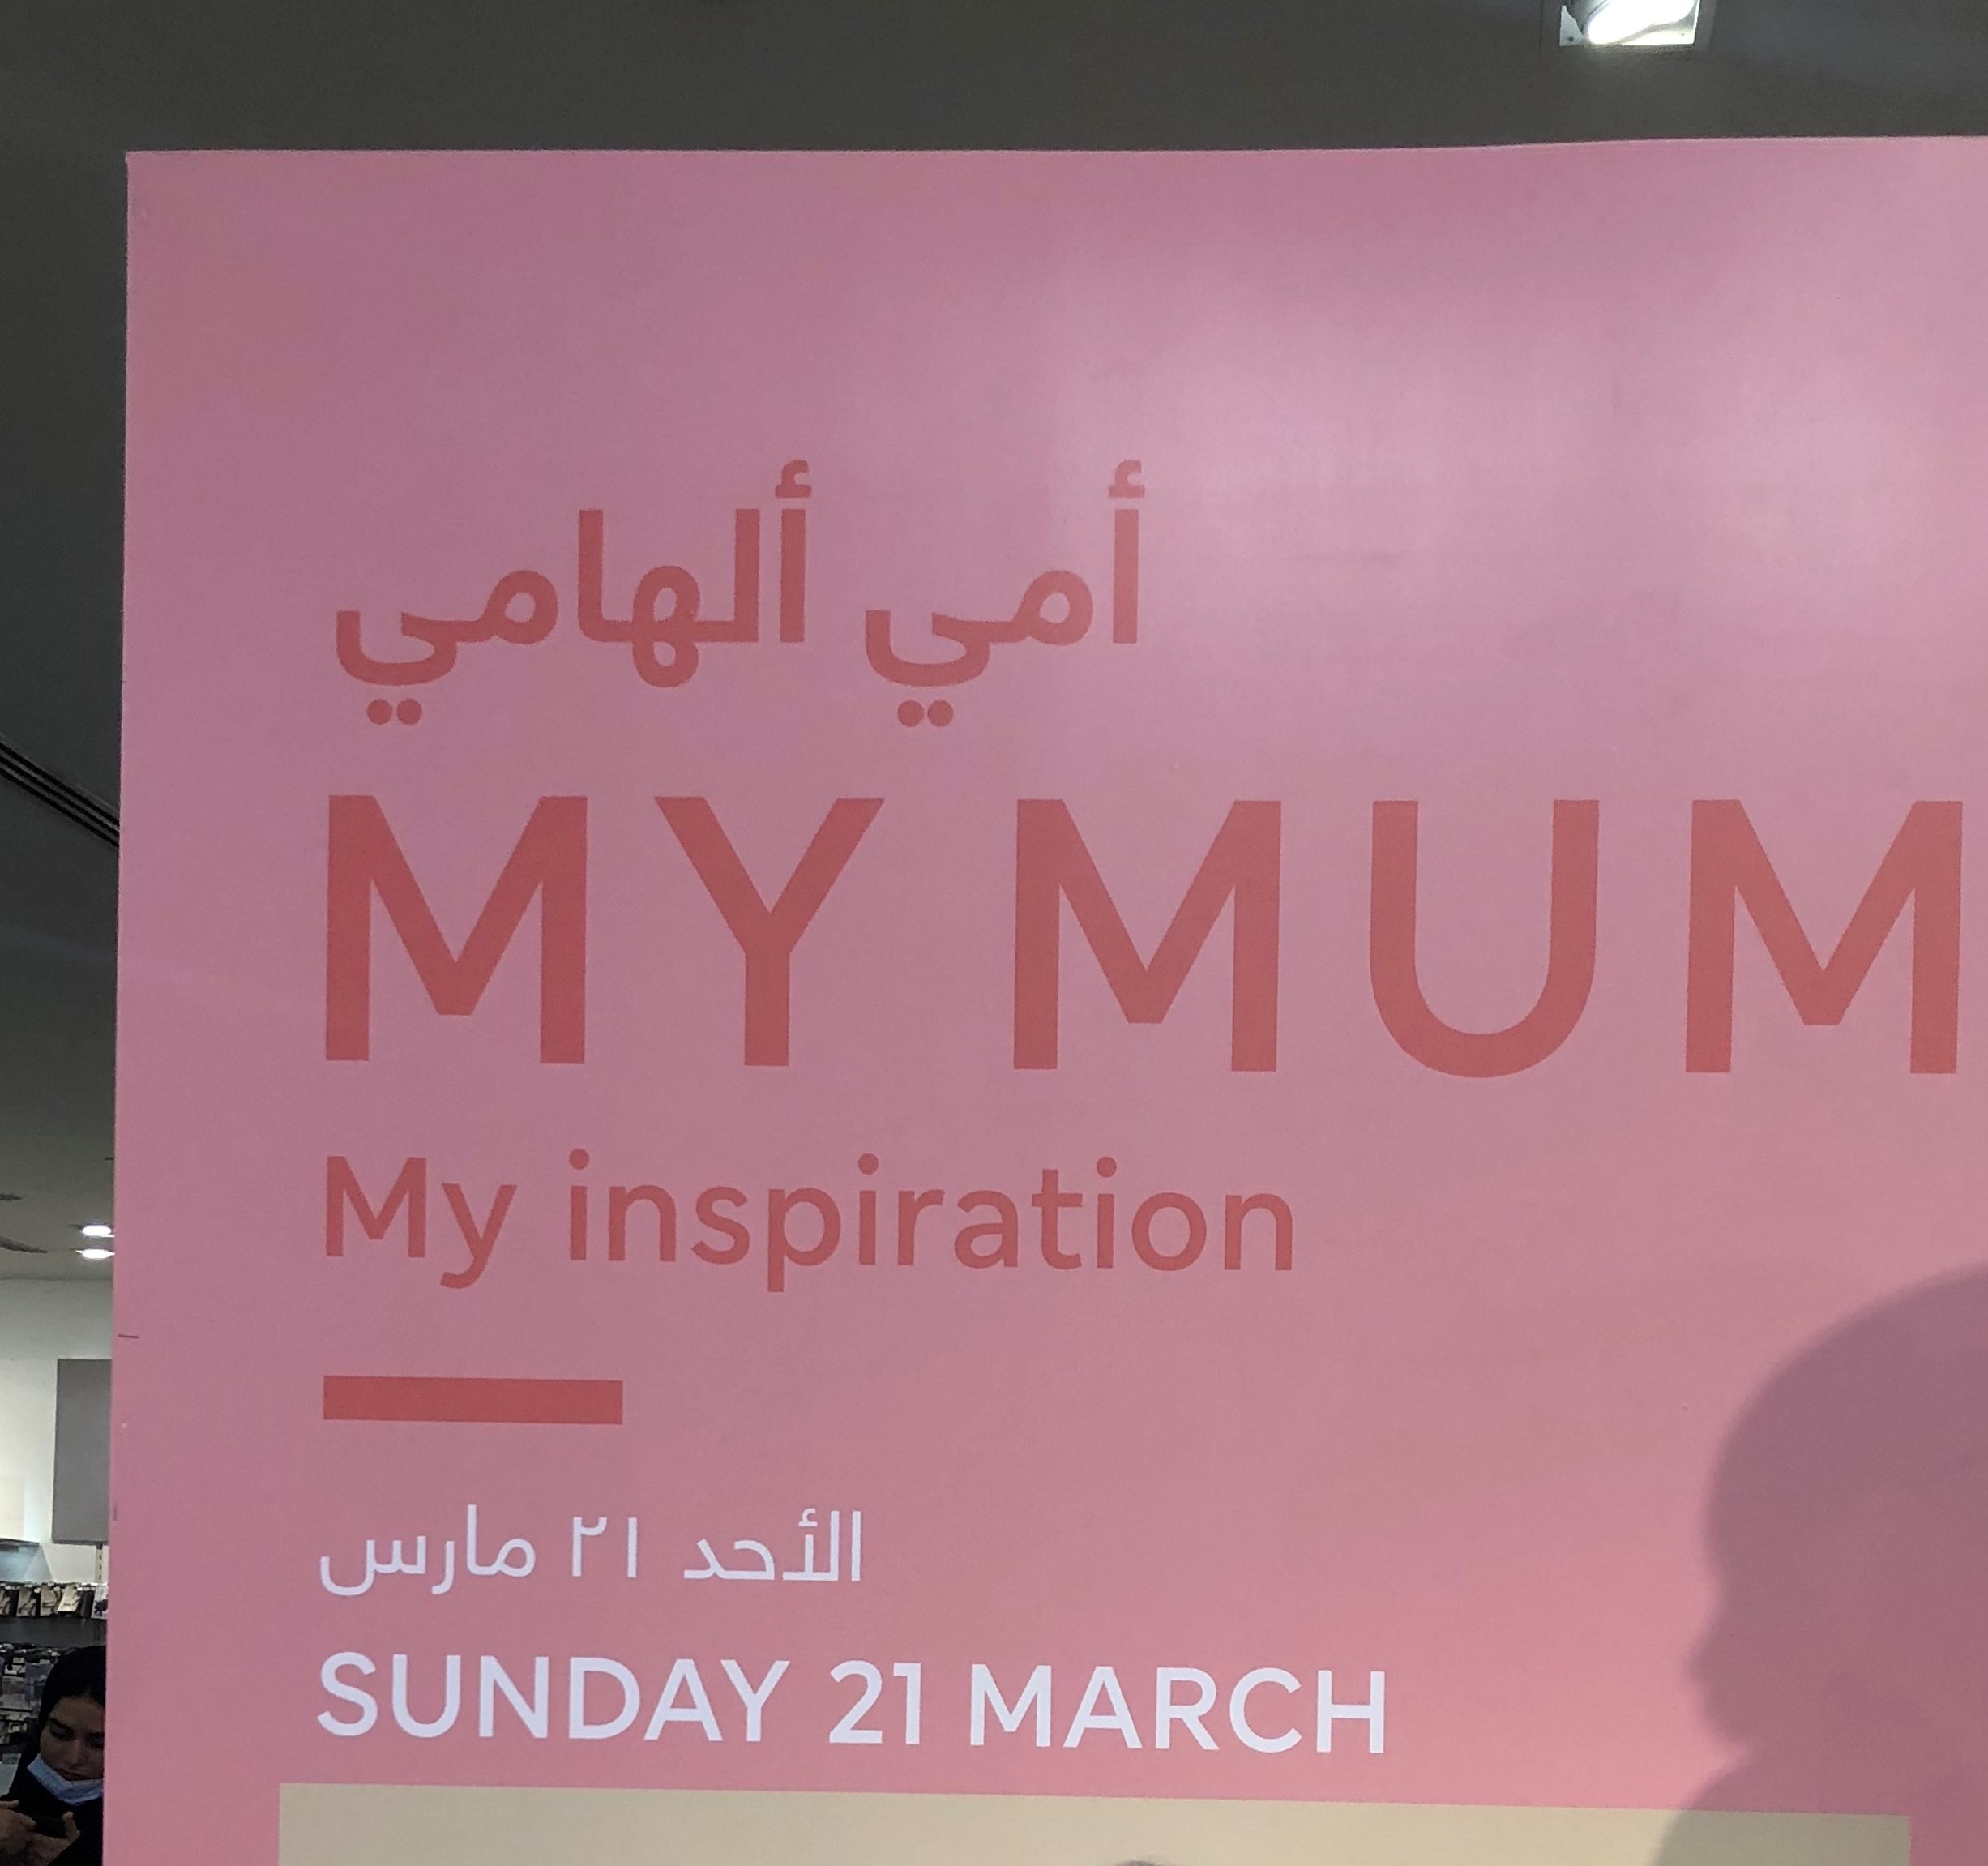
Text in image: ألهامي أمي الأحد 21 مارس MY MUM My inspiration SUNDAY 21 MARCH